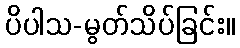
ပိပါသ-မွတ်သိပ်ခြင်း။